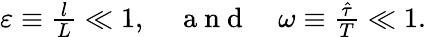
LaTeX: \begin{array}{r}{\varepsilon\equiv{\frac{l}{L}}\ll 1,\quad\mathrm{~a~n~d~}\quad\omega\equiv\frac{{\hat{\tau}}}{T}\ll 1.}\end{array}